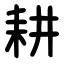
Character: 耕